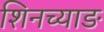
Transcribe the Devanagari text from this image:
शिनच्याङ